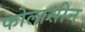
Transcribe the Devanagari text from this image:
फोलासीन